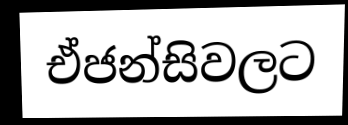
ඒජන්සිවලට